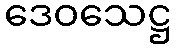
ဒေဝသေဋ္ဌ